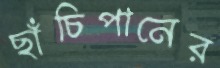
ছাঁচিপানের